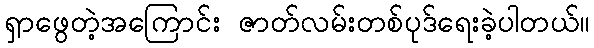
ရှာဖွေတဲ့အကြောင်း ဇာတ်လမ်းတစ်ပုဒ်ရေးခဲ့ပါတယ်။